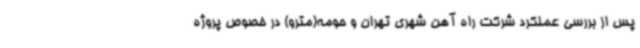
پس از بررسی عملکرد شرکت راه آهن شهری تهران و حومه(مترو) در خصوص پروژه